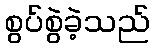
စွပ်စွဲခဲ့သည်